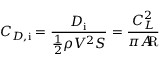
C _ { D , { \mathrm { i } } } = { \frac { D _ { \mathrm { i } } } { { \frac { 1 } { 2 } } \rho V ^ { 2 } S } } = { \frac { C _ { L } ^ { 2 } } { \pi A \! \! { \mathrm { R } } } }